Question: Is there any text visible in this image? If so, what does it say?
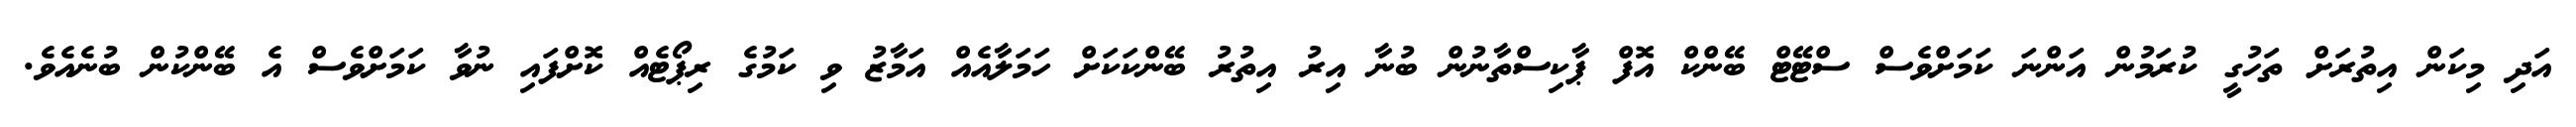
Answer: އަދި މިކަން އިތުރަށް ތަހުގީ ކުރަމުން އަންނަ ކަމަށްވެސް ސްޓޭޓް ބޭންކް އޮފް ޕާކިސްތާނުން ބުނާ އިރު އިތުރު ބޭންކަކަށް ހަމަލާއެއް އަމާޒު ވި ކަމުގެ ރިޕޯޓެއް ކޮށްފައި ނުވާ ކަމަށްވެސް އެ ބޭންކުން ބުނެއެވެ.